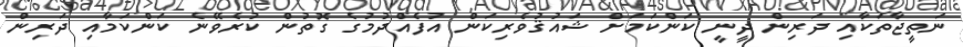
ނަތީޖާތަކާއި ދަރިން ދީނީ ކަންކަމަށް ޝައުޤުވެެރިކަން އުފެއްދުމުގެ ގޮތުުން ކުރެވޭނެ ކަންކަމާއި ދަރިން